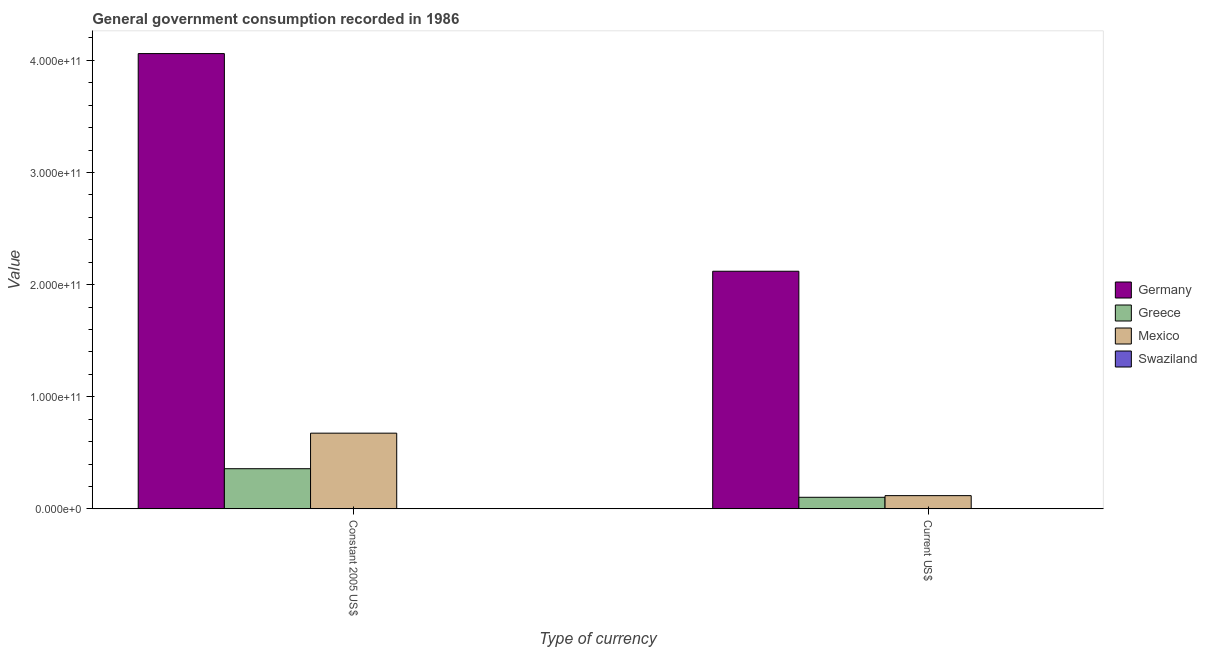
| Type of currency | Germany | Greece | Mexico | Swaziland |
 | --- | --- | --- | --- | --- |
 | Constant 2005 US$ | 4.06e+11 | 3.58e+10 | 6.75e+10 | 1.24e+08 |
 | Current US$ | 2.12e+11 | 1.03e+10 | 1.18e+10 | 9.01e+07 |